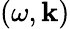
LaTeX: (\omega,\mathbf{k})